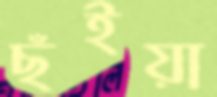
ছঁইয়া